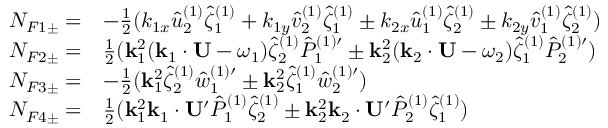
\begin{array} { r l } { N _ { F 1 \pm } = } & { - { \textstyle \frac 1 2 } ( k _ { 1 x } \hat { u } _ { 2 } ^ { ( 1 ) } \hat { \zeta } _ { 1 } ^ { ( 1 ) } + k _ { 1 y } \hat { v } _ { 2 } ^ { ( 1 ) } \hat { \zeta } _ { 1 } ^ { ( 1 ) } \pm k _ { 2 x } \hat { u } _ { 1 } ^ { ( 1 ) } \hat { \zeta } _ { 2 } ^ { ( 1 ) } \pm k _ { 2 y } \hat { v } _ { 1 } ^ { ( 1 ) } \hat { \zeta } _ { 2 } ^ { ( 1 ) } ) } \\ { N _ { F 2 \pm } = } & { { \textstyle \frac 1 2 } ( \mathbf { k } _ { 1 } ^ { 2 } ( \mathbf { k } _ { 1 } \cdot \mathbf { U } - \omega _ { 1 } ) \hat { \zeta } _ { 2 } ^ { ( 1 ) } { \hat { P } _ { 1 } ^ { ( 1 ) \prime } } \pm \mathbf { k } _ { 2 } ^ { 2 } ( \mathbf { k } _ { 2 } \cdot \mathbf { U } - \omega _ { 2 } ) \hat { \zeta } _ { 1 } ^ { ( 1 ) } { \hat { P } _ { 2 } ^ { ( 1 ) \prime } } ) } \\ { N _ { F 3 \pm } = } & { - { \textstyle \frac 1 2 } ( \mathbf { k } _ { 1 } ^ { 2 } \hat { \zeta } _ { 2 } ^ { ( 1 ) } { \hat { w } _ { 1 } ^ { ( 1 ) \prime } } \pm \mathbf { k } _ { 2 } ^ { 2 } \hat { \zeta } _ { 1 } ^ { ( 1 ) } { \hat { w } _ { 2 } ^ { ( 1 ) \prime } } ) } \\ { N _ { F 4 \pm } = } & { { \textstyle \frac 1 2 } ( \mathbf { k } _ { 1 } ^ { 2 } \mathbf { k } _ { 1 } \cdot \mathbf { U } ^ { \prime } \hat { P } _ { 1 } ^ { ( 1 ) } \hat { \zeta } _ { 2 } ^ { ( 1 ) } \pm \mathbf { k } _ { 2 } ^ { 2 } \mathbf { k } _ { 2 } \cdot \mathbf { U } ^ { \prime } \hat { P } _ { 2 } ^ { ( 1 ) } \hat { \zeta } _ { 1 } ^ { ( 1 ) } ) } \end{array}